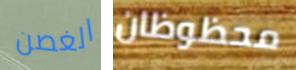
الغصن محظوظان